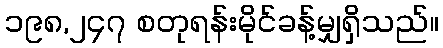
၁၉၈,၂၄၇ စတုရန်းမိုင်ခန့်မျှရှိသည်။